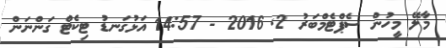
މާލޭ މީހުން ސެޕްޓެމްބަރު 2